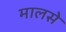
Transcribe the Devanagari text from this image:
मालसे